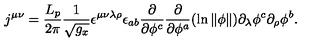
j ^ { \mu \nu } = \frac { L _ { p } } { 2 \pi } \frac 1 { \sqrt { g _ { x } } } \epsilon ^ { \mu \nu \lambda \rho } \epsilon _ { a b } \frac \partial { \partial \phi ^ { c } } \frac \partial { \partial \phi ^ { a } } ( \ln \Vert \phi \Vert ) \partial _ { \lambda } \phi ^ { c } \partial _ { \rho } \phi ^ { b } .